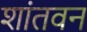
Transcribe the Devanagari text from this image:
शांतवन